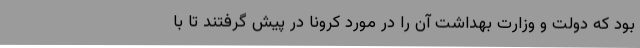
بود که دولت و وزارت بهداشت آن را در مورد کرونا در پیش گرفتند تا با